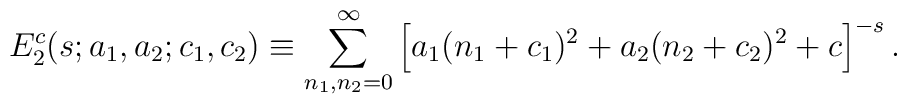
E_2^c(s;a_1,a_2;c_1,c_2) \equiv\sum_{n_1, n_2=0}^{\infty} \left[ a_1(n_1+c_1)^2+a_2(n_2+c_2)^2 +c\right]^{-s}.